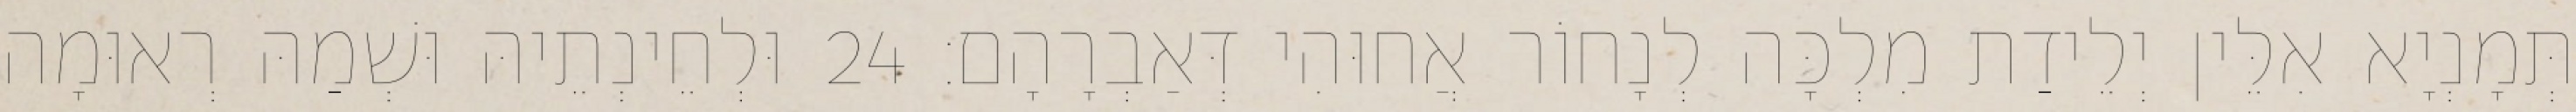
תְּמָנְיָא אִלֵּין יְלֵידַת מִלְכָּה לְנָחוֹר אֲחוּהִי דְּאַבְרָהָם׃ 24 וּלְחֵינְתֵיהּ וּשְׁמַהּ רְאוּמָה